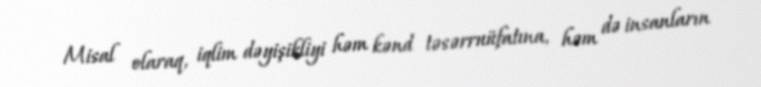
Misal olaraq, iqlim dəyişikliyi həm kənd təsərruüfatına, həm də insanların